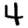
Digit: 4